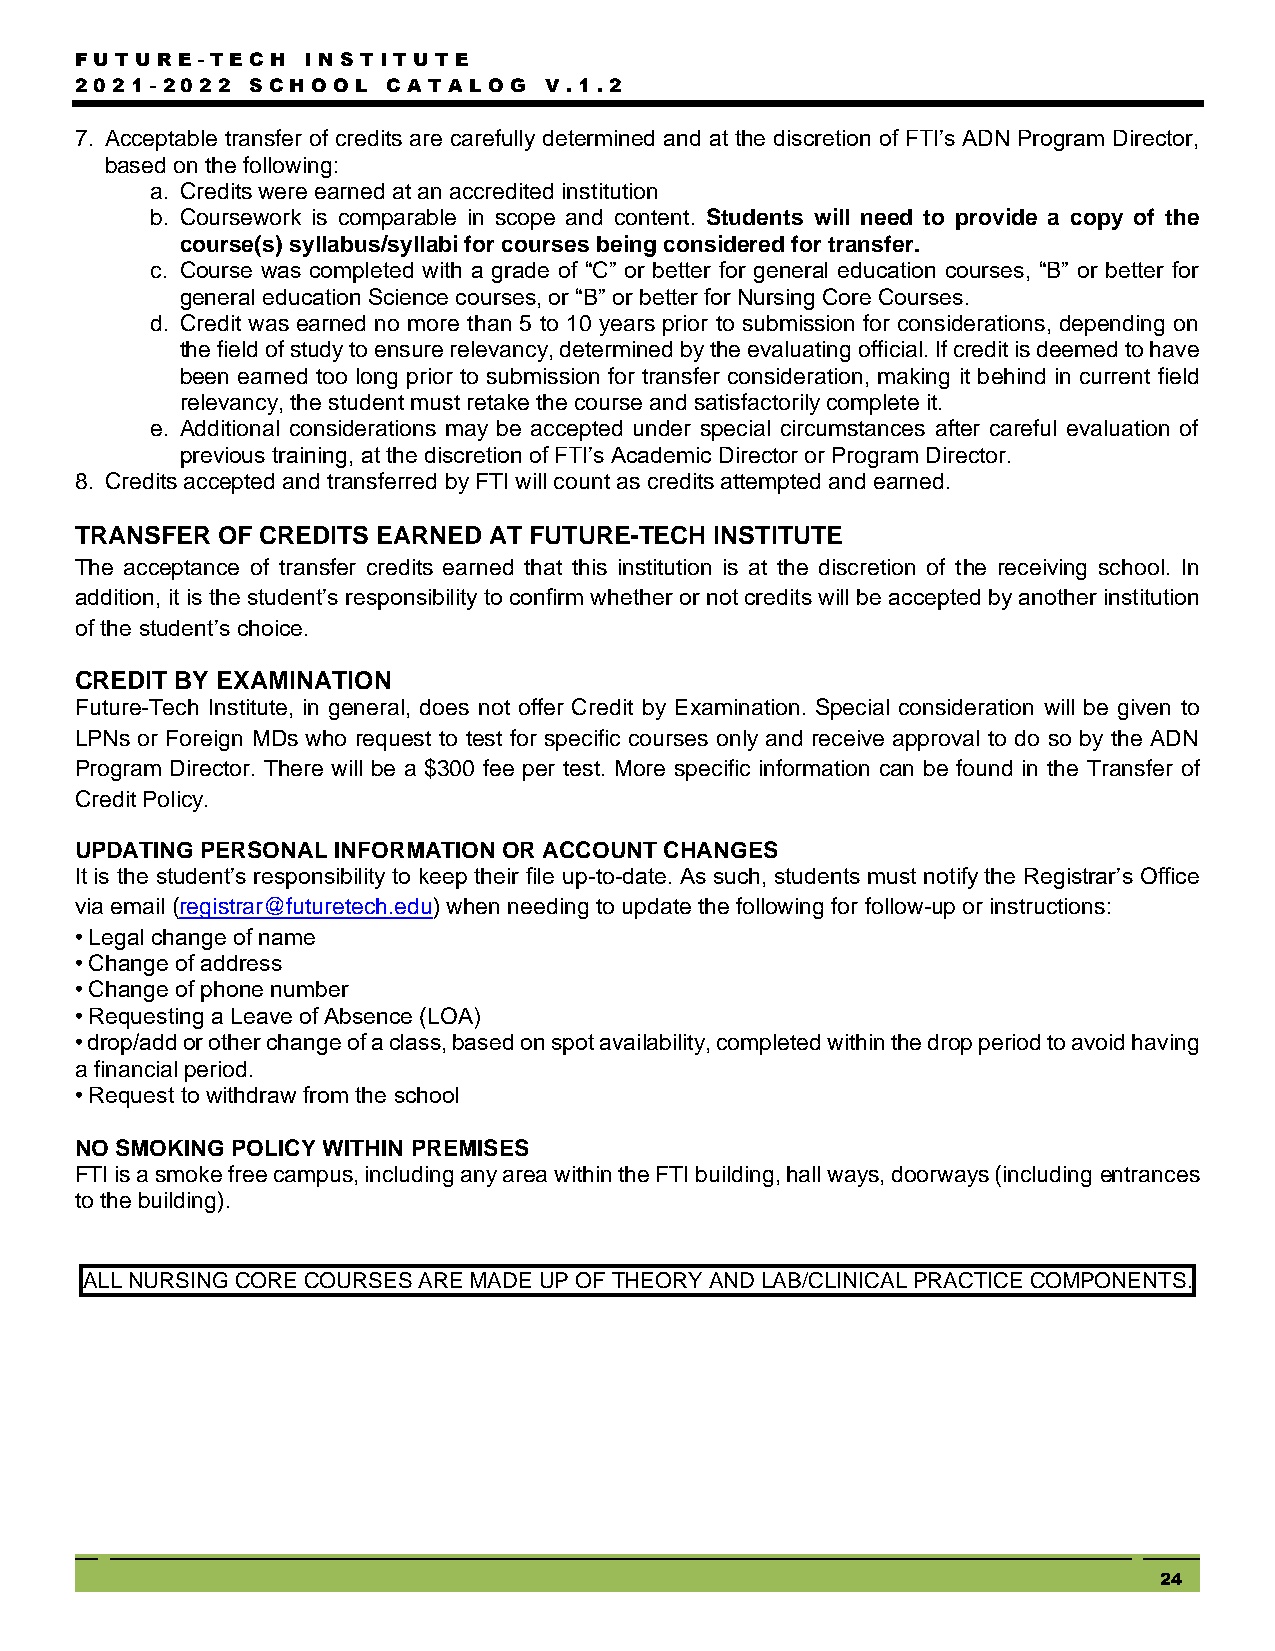
FUTUR  E - TEC H I NSTITU TE
 2021- 2022  SC HOOL  C ATA LOG V .1.2
 7. Acceptable transfer of credits are carefully determined and at the discretion of FTI’s ADN Program Director,
 based on the following:
 a. Credits were earned at an accredited institution
 b. Coursework is comparable in scope and content. Students will need to provide a copy of the
 course(s) syllabus/syllabi for courses being considered for transfer.
 c. Course was completed with a grade of “C” or better for general education courses, “B” or better for
 general education Science courses, or “B” or better for Nursing Core Courses.
 d. Credit was earned no more than 5 to 10 years prior to submission for considerations, depending on
 the field of study to ensure relevancy, determined by the evaluating official. If credit is deemed to have
 been earned too long prior to submission for transfer consideration, making it behind in current field
 relevancy, the student must retake the course and satisfactorily complete it.
 e. Additional considerations may be accepted under special circumstances after careful evaluation of
 previous training, at the discretion of FTI’s Academic Director or Program Director.
 8. Credits accepted and transferred by FTI will count as credits attempted and earned.
 TRANSFER OF CREDITS EARNED AT FUTURE-TECH INSTITUTE
 The acceptance of transfer credits earned that this institution is at the discretion of the receiving school. In
 addition, it is the student’s responsibility to confirm whether or not credits will be accepted by another institution
 of the student’s choice.
 CREDIT BY EXAMINATION
 Future-Tech Institute, in general, does not offer Credit by Examination. Special consideration will be given to
 LPNs or Foreign MDs who request to test for specific courses only and receive approval to do so by the ADN
 Program Director. There will be a $300 fee per test. More specific information can be found in the Transfer of
 Credit Policy.
 UPDATING PERSONAL INFORMATION OR ACCOUNT CHANGES
 It is the student’s responsibility to keep their file up-to-date. As such, students must notify the Registrar’s Office
 via email (registrar@futuretech.edu) when needing to update the following for follow-up or instructions:
 • Legal change of name
 • Change of address
 • Change of phone number
 • Requesting a Leave of Absence (LOA)
 • drop/add or other change of a class, based on spot availability, completed within the drop period to avoid having
 a financial period.
 • Request to withdraw from the school
 NO SMOKING POLICY WITHIN PREMISES
 FTI is a smoke free campus, including any area within the FTI building, hall ways, doorways (including entrances
 to the building).
 ALL NURSING CORE COURSES ARE MADE UP OF THEORY AND LAB/CLINICAL PRACTICE COMPONENTS.
 24